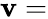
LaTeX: \mathbf{v}=